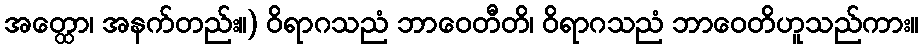
အတ္ထော၊ အနက်တည်း။) ဝိရာဂသညံ ဘာဝေတီတိ၊ ဝိရာဂသညံ ဘာဝေတိဟူသည်ကား။